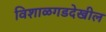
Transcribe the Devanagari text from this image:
विशाळगडदेखील